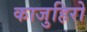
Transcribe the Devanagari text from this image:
काजुहिरो